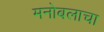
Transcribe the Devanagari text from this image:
मनोबलाचा